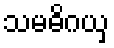
သမဓိဂယှ